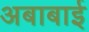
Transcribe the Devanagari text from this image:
अबाबाई